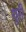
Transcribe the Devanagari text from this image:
घुरी